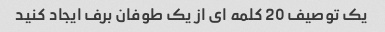
یک توصیف 20 کلمه ای از یک طوفان برف ایجاد کنید